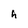
Character: h